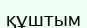
құштым